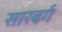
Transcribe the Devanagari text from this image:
सारबर्ग